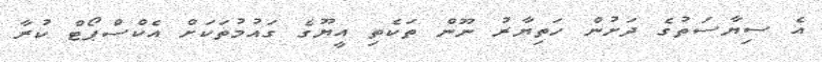
އެ ސިޔާސަތުގެ ދަށުން ހަތިޔާރު ނޫން ތަކެތި އީޔޫގެ ގައުމުތަކަށް އެކްސްޕޯޓް ކުރާ